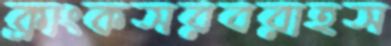
ক্রাংকসরবরাহস